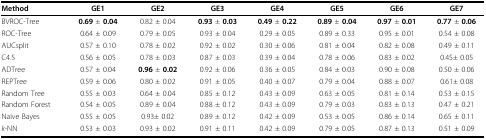
<table><thead><tr><td><b>Method</b></td><td><b>GE1</b></td><td><b>GE2</b></td><td><b>GE3</b></td><td><b>GE4</b></td><td><b>GE5</b></td><td><b>GE6</b></td><td><b>GE7</b></td></tr></thead><tbody><tr><td>BVROC-Tree</td><td><b>0.69 </b>± <b>0.04</b></td><td>0.82 ± 0.04</td><td><b>0.93 </b>± <b>0.03</b></td><td><b>0.49 </b>± <b>0.22</b></td><td><b>0.89 </b>± <b>0.04</b></td><td><b>0.97 </b>± <b>0.01</b></td><td><b>0.77 </b>± <b>0.06</b></td></tr><tr><td>ROC-Tree</td><td>0.64 ± 0.09</td><td>0.79 ± 0.05</td><td>0.93 ± 0.04</td><td>0.29 ± 0.05</td><td>0.89 ± 0.33</td><td>0.95 ± 0.01</td><td>0.54 ± 0.08</td></tr><tr><td>AUCsplit</td><td>0.57 ± 0.10</td><td>0.78 ± 0.02</td><td>0.92 ± 0.02</td><td>0.30 ± 0.06</td><td>0.81 ± 0.04</td><td>0.82 ± 0.08</td><td>0.49 ± 0.11</td></tr><tr><td>C4.5</td><td>0.56 ± 0.05</td><td>0.78 ± 0.03</td><td>0.87 ± 0.03</td><td>0.39 ± 0.04</td><td>0.78 ± 0.06</td><td>0.83 ± 0.02</td><td>0.45± 0.05</td></tr><tr><td>ADTree</td><td>0.57 ± 0.04</td><td><b>0.96</b>± <b>0.02</b></td><td>0.92 ± 0.06</td><td>0.36 ± 0.05</td><td>0.84 ± 0.03</td><td>0.90 ± 0.08</td><td>0.50 ± 0.06</td></tr><tr><td>REPTree</td><td>0.59 ± 0.06</td><td>0.80 ± 0.02</td><td>0.91 ± 0.05</td><td>0.40 ± 0.07</td><td>0.79 ± 0.04</td><td>0.88 ± 0.07</td><td>0.61± 0.08</td></tr><tr><td>Random Tree</td><td>0.55 ± 0.03</td><td>0.64 ± 0.04</td><td>0.85 ± 0.12</td><td>0.43 ± 0.09</td><td>0.63 ± 0.05</td><td>0.81 ± 0.14</td><td>0.53 ± 0.15</td></tr><tr><td>Random Forest</td><td>0.54 ± 0.05</td><td>0.89 ± 0.04</td><td>0.88 ± 0.12</td><td>0.43 ± 0.09</td><td>0.79 ± 0.03</td><td>0.83 ± 0.13</td><td>0.47 ± 0.21</td></tr><tr><td>Naïve Bayes</td><td>0.55 ± 0.05</td><td>0.93± 0.02</td><td>0.89 ± 0.12</td><td>0.42 ± 0.09</td><td>0.53 ± 0.05</td><td>0.86 ± 0.14</td><td>0.65 ± 0.11</td></tr><tr><td><i>k</i>-NN</td><td>0.53 ± 0.03</td><td>0.93 ± 0.02</td><td>0.91 ± 0.11</td><td>0.42 ± 0.09</td><td>0.79 ± 0.05</td><td>0.87 ± 0.13</td><td>0.51 ± 0.09</td></tr></tbody></table>